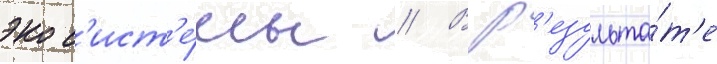
экос'ист'е́мы // В р'езульта́т'е